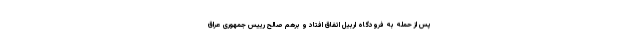
پس از حمله به فرودگاه اربیل اتفاق افتاد و برهم صالح رییس جمهوری عراق